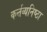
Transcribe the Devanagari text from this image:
कर्त्तव्यनिष्ठा